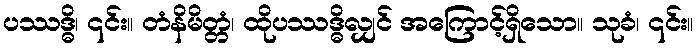
ပဿဒ္ဓိ၊ ၎င်း။ တံနိမိတ္တံ၊ ထိုပဿဒ္ဓိလျှင် အကြောင့်ရှိသော။ သုခံ၊ ၎င်း။